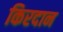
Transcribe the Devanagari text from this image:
किरदान